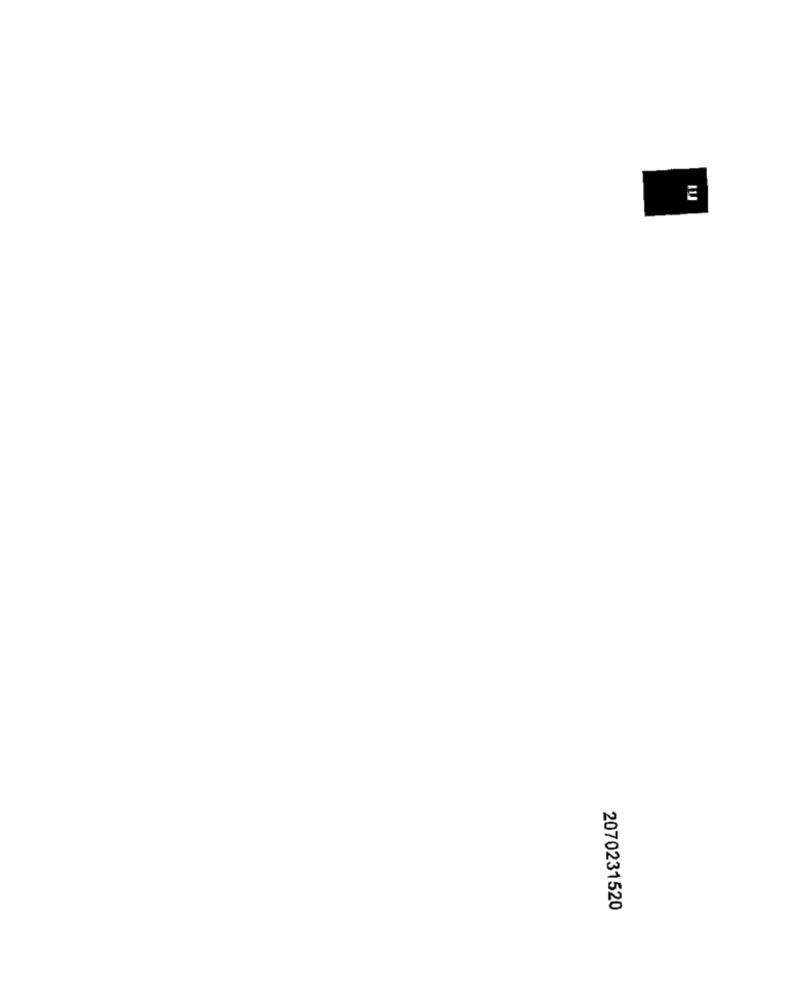
2070231520